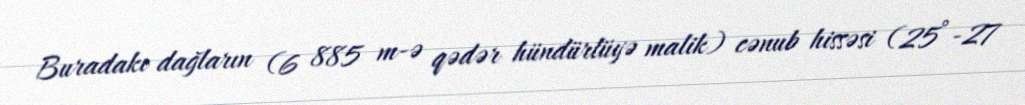
Buradakı dağların (6 885 m-ə qədər hündürlüyə malik) cənub hissəsi (25°-27